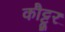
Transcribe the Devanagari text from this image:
कौट्टूर